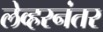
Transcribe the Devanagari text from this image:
लेव्हरनंतर